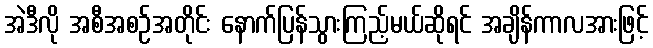
အဲဒီလို အစီအစဉ်အတိုင်း နောက်ပြန်သွားကြည့်မယ်ဆိုရင် အချိန်ကာလအားဖြင့်